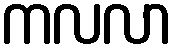
ကလလာ